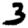
Digit: 3